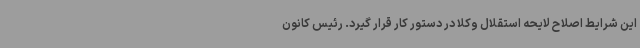
این شرایط اصلاح لایحه استقلال وکلا در دستور کار قرار گیرد. رئیس کانون